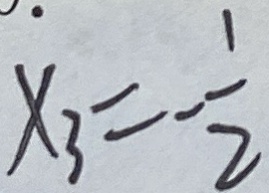
x _ { 3 } = - \frac { 1 } { 2 }